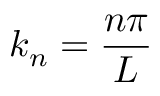
k _ { n } = { \frac { n \pi } { L } }